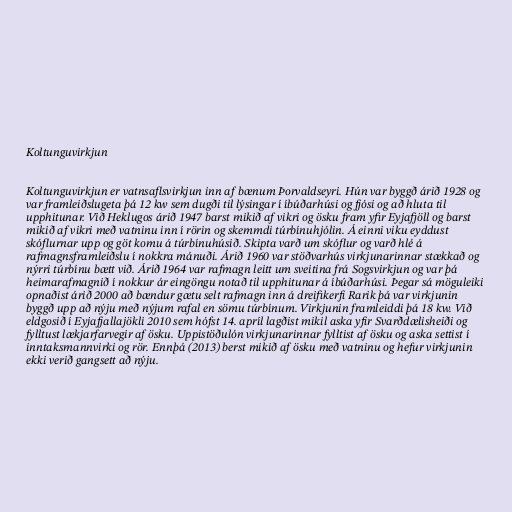
Koltunguvirkjun

Koltunguvirkjun er vatnsaflsvirkjun inn af bænum Þorvaldseyri. Hún var byggð árið 1928 og
var framleiðslugeta þá 12 kw sem dugði til lýsingar í íbúðarhúsi og fjósi og að hluta til
upphitunar. Við Heklugos árið 1947 barst mikið af vikri og ösku fram yfir Eyjafjöll og barst
mikið af vikri með vatninu inn í rörin og skemmdi túrbínuhjólin. Á einni viku eyddust
skóflurnar upp og göt komu á túrbínuhúsið. Skipta varð um skóflur og varð hlé á
rafmagnsframleiðslu í nokkra mánuði. Árið 1960 var stöðvarhús virkjunarinnar stækkað og
nýrri túrbínu bætt við. Árið 1964 var rafmagn leitt um sveitina frá Sogsvirkjun og var þá
heimarafmagnið í nokkur ár eingöngu notað til upphitunar á íbúðarhúsi. Þegar sá möguleiki
opnaðist árið 2000 að bændur gætu selt rafmagn inn á dreifikerfi Rarik þá var virkjunin
byggð upp að nýju með nýjum rafal en sömu túrbínum. Virkjunin framleiddi þá 18 kw. Við
eldgosið í Eyjafjallajökli 2010 sem hófst 14. apríl lagðist mikil aska yfir Svarðdælisheiði og
fylltust lækjarfarvegir af ösku. Uppistöðulón virkjunarinnar fylltist af ösku og aska settist í
inntaksmannvirki og rör. Ennþá (2013) berst mikið af ösku með vatninu og hefur virkjunin
ekki verið gangsett að nýju.